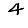
Digit: 4